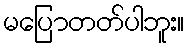
မပြောတတ်ပါဘူး။